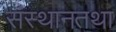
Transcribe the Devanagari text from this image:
संस्थानतथा